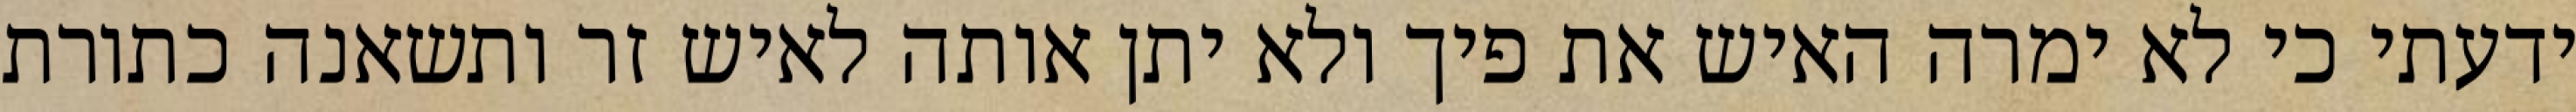
ידעתי כי לא ימרה האיש את פיך ולא יתן אותה לאיש זר ותשאנה כתורת